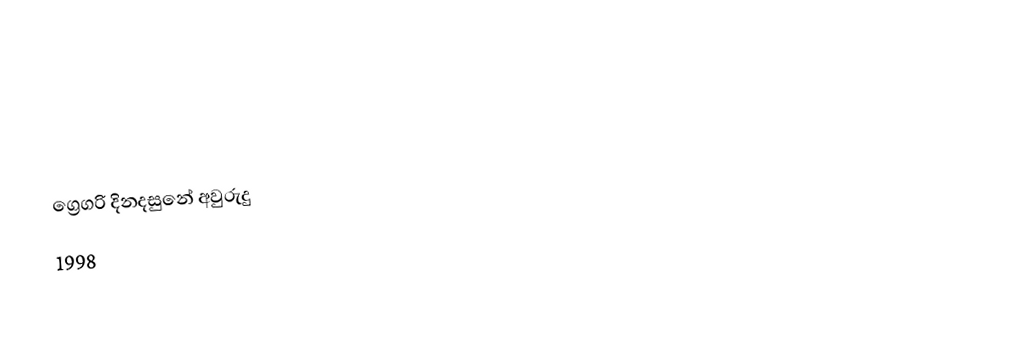

ග්‍රෙගරි දිනදසුනේ අවුරුදු
1998